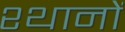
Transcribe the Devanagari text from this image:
श्थानों